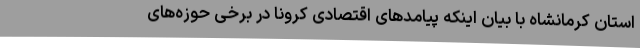
استان کرمانشاه با بیان اینکه پیامدهای اقتصادی کرونا در برخی حوزه‌های